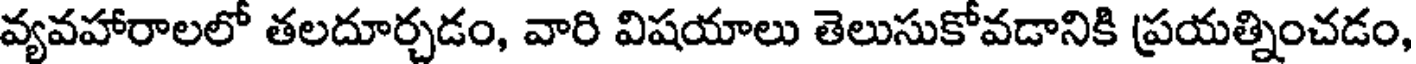
వ్యవహారాలలో తలదూర్చడం, వారి విషయాలు తెలుసుకోవడానికి ప్రయత్నించడం,